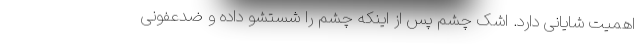
اهمیت شایانی دارد. اشک چشم پس از اینکه چشم را شستشو داده و ضدعفونی